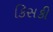
કિસકી